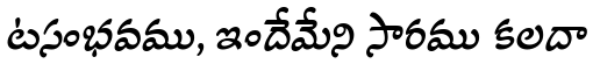
టసంభవము, ఇందేమేని సారము కలదా